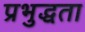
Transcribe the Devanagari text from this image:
प्रभुद्धता